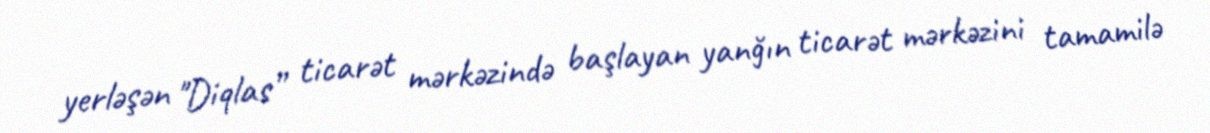
yerləşən "Diqlas” ticarət mərkəzində başlayan yanğın ticarət mərkəzini tamamilə